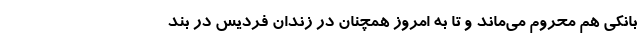
بانکی هم محروم می‌ماند و تا به امروز همچنان در زندان فردیس در بند